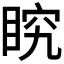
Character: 𭾶